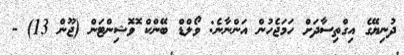
ދުނިޔޭގެ އިގްތިސާދަށް ހަމަޖެހުން އަންނާނެ: ވޯލްޑް ބޭންކް ޮވޮޝިންޓަން (ޖޫން 13) -